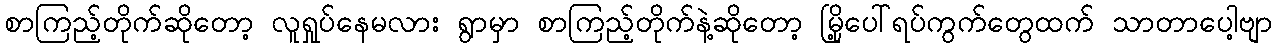
စာကြည့်တိုက်ဆိုတော့ လူရှုပ်နေမလား ရွာမှာ စာကြည့်တိုက်နဲ့ဆိုတော့ မြို့ပေါ်ရပ်ကွက်တွေထက် သာတာပေါ့ဗျာ